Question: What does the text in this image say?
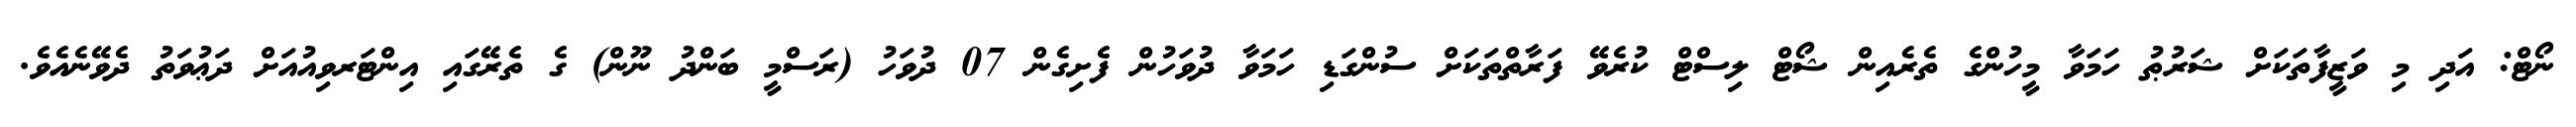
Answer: ނޯޓް: އަދި މި ވަޒީފާތަކަށް ޝަރުޠު ހަމަވާ މީހުންގެ ތެރެއިން ޝޯޓް ލިސްޓް ކުރެވޭ ފަރާތްތަކަށް ސުންގަޑި ހަމަވާ ދުވަހުން ފެށިގެން 07 ދުވަހު (ރަސްމީ ބަންދު ނޫން) ގެ ތެރޭގައި އިންޓަރވިއުއަށް ދަޢުވަތު ދެވޭނެއެވެ.